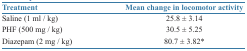
| Treatment | Mean change in locomotor activity |
 | --- | --- |
 | Saline (1 ml / kg) | 25.8 ± 3.14 |
 | PHF (500 mg / kg) | 30.5 ± 5.25 |
 | Diazepam (2 mg / kg) | 80.7 ± 3.82* |